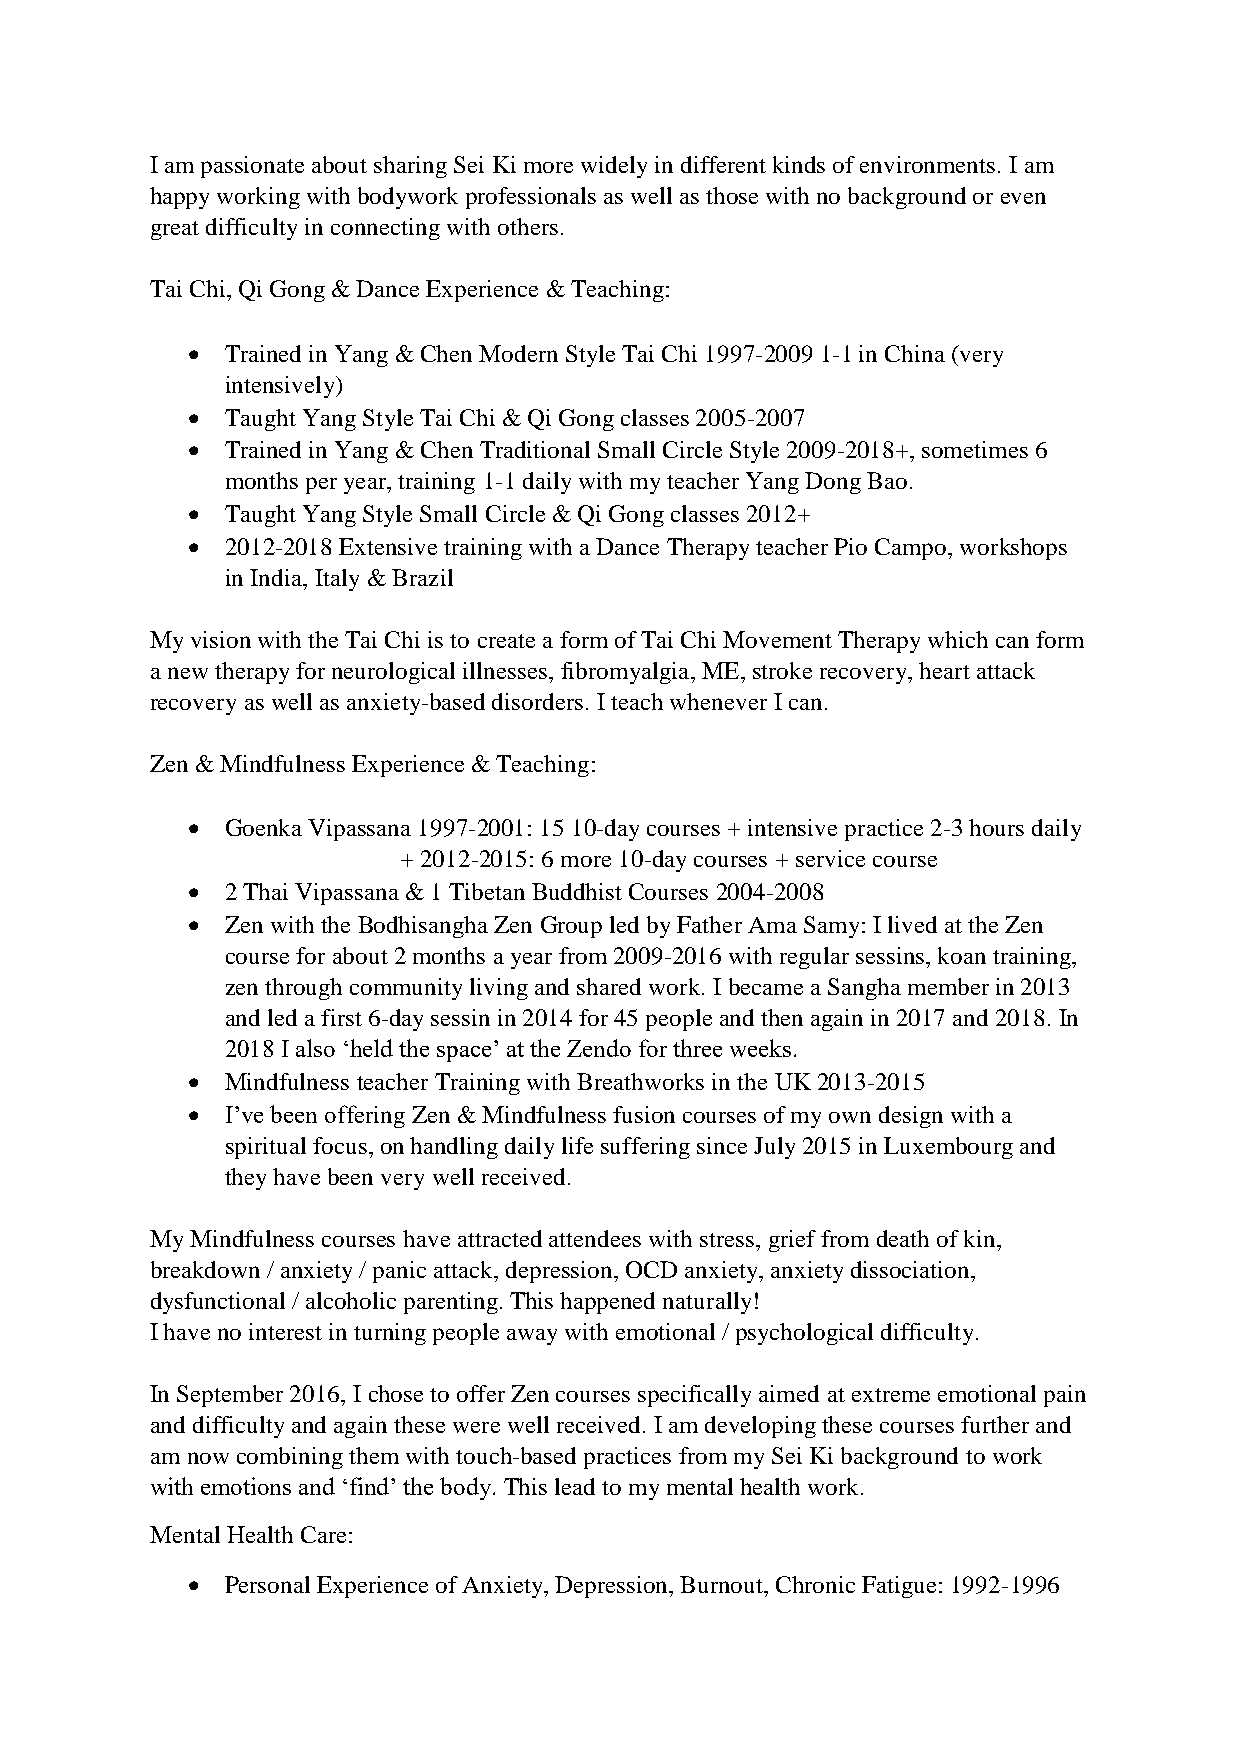
I am passionate about sharing Sei Ki more widely in different kinds of environments. I am
 happy working with bodywork professionals as well as those with no background or even
 great difficulty in connecting with others.
 Tai Chi, Qi Gong & Dance Experience & Teaching:
 •  Trained in Yang & Chen Modern Style Tai Chi 1997-2009 1-1 in China (very
 intensively)
 •  Taught Yang Style Tai Chi & Qi Gong classes 2005-2007
 •  Trained in Yang & Chen Traditional Small Circle Style 2009-2018+, sometimes 6
 months per year, training 1-1 daily with my teacher Yang Dong Bao.
 •  Taught Yang Style Small Circle & Qi Gong classes 2012+
 •  2012-2018 Extensive training with a Dance Therapy teacher Pio Campo, workshops
 in India, Italy & Brazil
 My vision with the Tai Chi is to create a form of Tai Chi Movement Therapy which can form
 a new therapy for neurological illnesses, fibromyalgia, ME, stroke recovery, heart attack
 recovery as well as anxiety-based disorders. I teach whenever I can.
 Zen & Mindfulness Experience & Teaching:
 •  Goenka Vipassana 1997-2001: 15 10-day courses + intensive practice 2-3 hours daily
 + 2012-2015: 6 more 10-day courses + service course
 •  2 Thai Vipassana & 1 Tibetan Buddhist Courses 2004-2008
 •  Zen with the Bodhisangha Zen Group led by Father Ama Samy: I lived at the Zen
 course for about 2 months a year from 2009-2016 with regular sessins, koan training,
 zen through community living and shared work. I became a Sangha member in 2013
 and led a first 6-day sessin in 2014 for 45 people and then again in 2017 and 2018. In
 2018 I also ‘held the space’ at the Zendo for three weeks.
 •  Mindfulness teacher Training with Breathworks in the UK 2013-2015
 •  I’ve been offering Zen & Mindfulness fusion courses of my own design with a
 spiritual focus, on handling daily life suffering since July 2015 in Luxembourg and
 they have been very well received.
 My Mindfulness courses have attracted attendees with stress, grief from death of kin,
 breakdown / anxiety / panic attack, depression, OCD anxiety, anxiety dissociation,
 dysfunctional / alcoholic parenting. This happened naturally!
 I have no interest in turning people away with emotional / psychological difficulty.
 In September 2016, I chose to offer Zen courses specifically aimed at extreme emotional pain
 and difficulty and again these were well received. I am developing these courses further and
 am now combining them with touch-based practices from my Sei Ki background to work
 with emotions and ‘find’ the body. This lead to my mental health work.
 Mental Health Care:
 •  Personal Experience of Anxiety, Depression, Burnout, Chronic Fatigue: 1992-1996